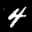
Label: 4